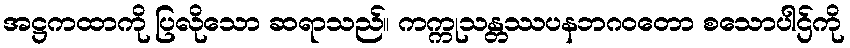
အဋ္ဌကထာကို ပြလိုသော ဆရာသည်။ ကက္ကုသန္တဿပနဘဂဝတော စသောပါဌ်ကို